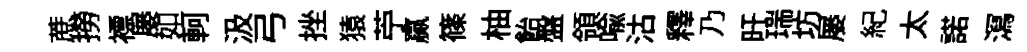
蔗撈褾屡如軻汲弓挫猿苧贏篠柚飴盤領喩沽釋乃旴瑞坊屡紀太諾㵼